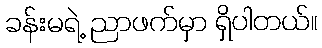
ခန်းမရဲ့ ညာဖက်မှာ ရှိပါတယ်။